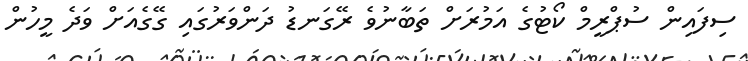
ސިފައިން ސުޕްރީމް ކޯޓުގެ އަމުރަށް ތަބާނުވެ ރޭގަނޑު ދަންވަރުގައި ގޭގެއަށް ވަދެ މީހުން